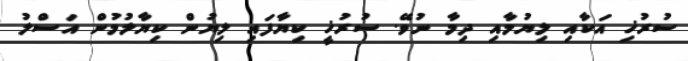
ސުރުޚި އަކާއި ލިޔުމާއި ދިމާ ނުވޭ. ސުރުޚީ ކިޔާފައި ލިޔުން ކިޔާލުމުން އަސްލު